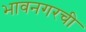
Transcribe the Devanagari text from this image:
भावनगरची